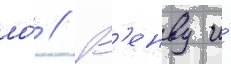
ло́ // В'енву и́